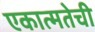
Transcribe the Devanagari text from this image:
एकात्मतेची